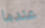
عندما